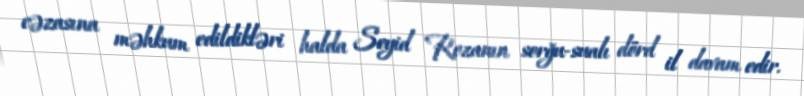
cəzasına məhkum edildikləri halda Seyid Rezanın sorğu-sualı dörd il davam edir.